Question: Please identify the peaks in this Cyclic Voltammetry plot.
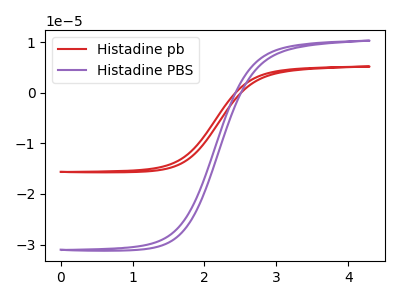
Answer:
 <answer>The red curve "Histadine pb" has no peaks. The purple curve "Histadine PBS" has no peaks.</answer>
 <eval></eval>